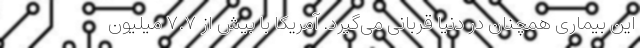
این بیماری همچنان در دنیا قربانی می‌گیرد. آمریکا با بیش از ۷.۷ میلیون